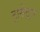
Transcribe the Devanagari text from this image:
ट्रासेंट्रल